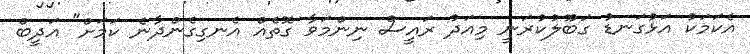
އެކަމަކު އަޅުގަނޑު ގަބޫލުކުރަނީ މިއަދު ރައީސް ނިންމަވާ ގޮތެއް އެނގިގެންދާނެ ކަމަށް" އަދީބް